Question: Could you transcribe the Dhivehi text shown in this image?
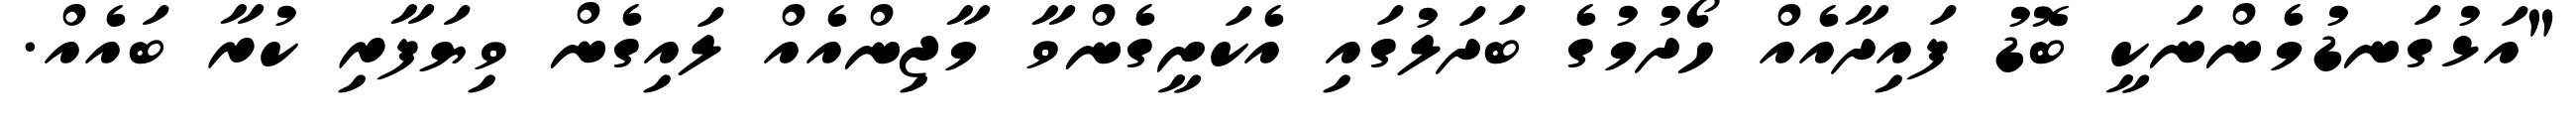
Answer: "އަޅުގަނޑުމެންނަކީ ބޮޑު ފައިދާއެއް ހޯދުމުގެ ބަދަލުގައި އެކަށީގެންވާ މާޖިންއެއް ލައިގެން ވިޔަފާރި ކުރާ ބައެއް.